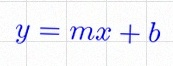
y=mx+b